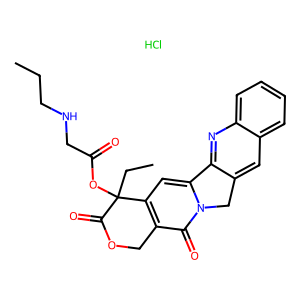
SMILES: CCCNCC(=O)OC1(CC)C(=O)OCc2c1cc1n(c2=O)Cc2cc3ccccc3nc2-1.Cl
Inhibits HIV replication: No